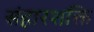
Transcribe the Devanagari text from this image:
संहारशक्ति